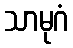
သာမုဂံ